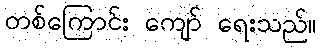
တစ်ကြောင်း ကျော် ရေးသည်။